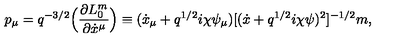
p _ { \mu } = q ^ { - 3 / 2 } \Bigl ( \frac { \partial L _ { 0 } ^ { m } } { \partial \dot { x } ^ { \mu } } \Bigr ) \equiv ( \dot { x } _ { \mu } + q ^ { 1 / 2 } i \chi \psi _ { \mu } ) [ ( \dot { x } + q ^ { 1 / 2 } i \chi \psi ) ^ { 2 } ] ^ { - 1 / 2 } m ,